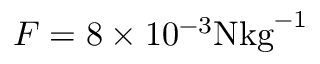
F = 8 \times 1 0 ^ { - 3 } \mathrm { N { k g } ^ { - 1 } }